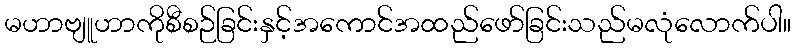
မဟာဗျူဟာကိုစီစဉ်ခြင်းနှင့်အကောင်အထည်ဖော်ခြင်းသည်မလုံလောက်ပါ။